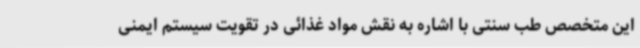
این متخصص طب سنتی با اشاره به نقش مواد غذائی در تقویت سیستم ایمنی